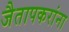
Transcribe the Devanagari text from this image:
जैतापकरांना